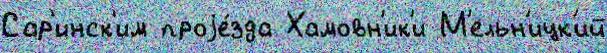
Сар'инск'им проjе́зда Хамовн'ик'и М'ельн'ицк'ий